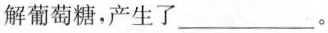
解葡萄糖，产生了___。